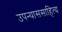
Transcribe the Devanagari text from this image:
उपन्याससाहित्य